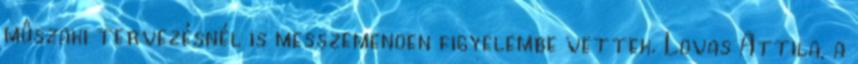
mûszaki tervezésnél is messzemenõen figyelembe vettek. Lovas Attila, a